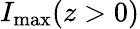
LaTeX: I_{\mathrm{max}}(z>0)